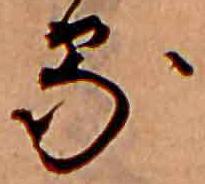
る